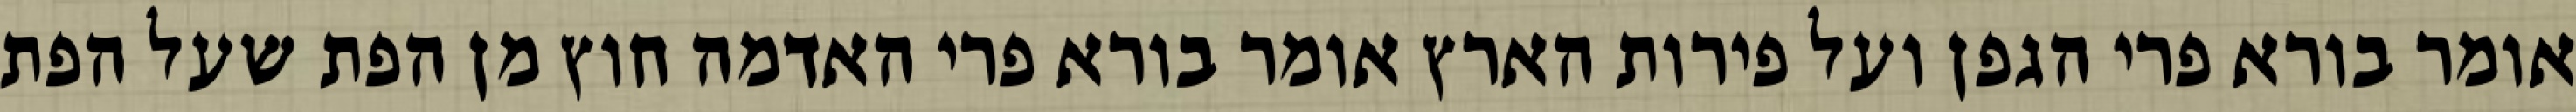
אומר בורא פרי הגפן ועל פירות הארץ אומר בורא פרי האדמה חוץ מן הפת שעל הפת